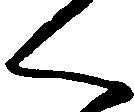
く